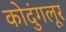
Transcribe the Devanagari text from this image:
कोदुंगलूर